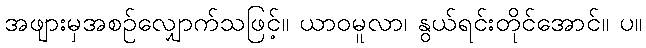
အဖျားမှအစဉ်လျှောက်သဖြင့်။ ယာဝမူလာ၊ နွယ်ရင်းတိုင်အောင်။ ပ။